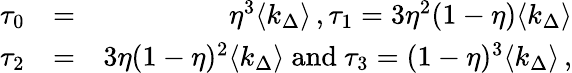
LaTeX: \begin{array}{rlr}{\tau_{0}}&{=}&{\eta^{3}\langle k_{\Delta}\rangle\, ,\tau_{1}=3\eta^{2}(1-\eta)\langle k_{\Delta}\rangle}\\ {\tau_{2}}&{=}&{3\eta(1-\eta)^{2}\langle k_{\Delta}\rangle\mathrm{~and~}\tau_{3}=(1-\eta)^{3}\langle k_{\Delta}\rangle\, ,}\end{array}